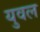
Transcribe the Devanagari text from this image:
युवल